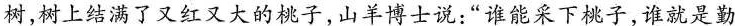
树，树上结满了又红又大的桃子，山羊博士说：”谁能采下桃子，谁就是勤